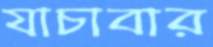
যাচাবার